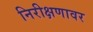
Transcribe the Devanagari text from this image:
निरीक्षणावर